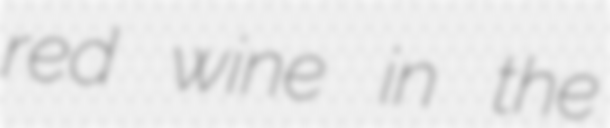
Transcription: red wine in the